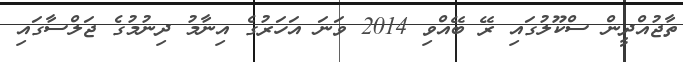
ތާޖުއްދީން ސްކޫލުގައި ރޭ ބޭއްވި 2014 ވަނަ އަހަރުގެ އިނާމު ދިނުމުގެ ޖަލްސާގައި